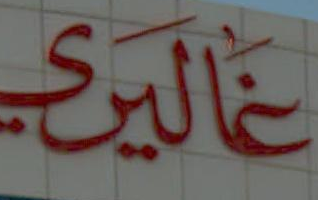
غاليري